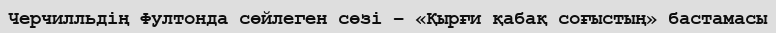
Черчилльдің Фултонда сөйлеген сөзі – «Қырғи қабақ соғыстың» бастамасы